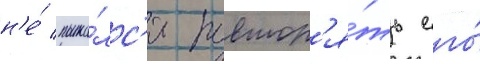
н'е́ пыта́лс'я повтор'я́ть его́